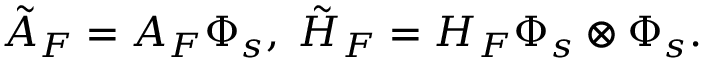
\tilde { A } _ { F } = A _ { F } \Phi _ { s } , \; \tilde { H } _ { F } = H _ { F } \Phi _ { s } \otimes \Phi _ { s } .